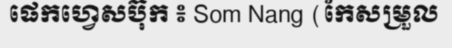
ផេកហ្វេសប៊ុក ៖ Som Nang (កែសម្រួល